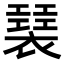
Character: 𧝣